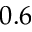
0 . 6